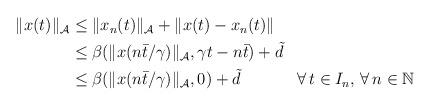
LaTeX: \begin{align*}\begin{aligned}\|x(t)\|_{\mathcal{A}} &\le \|x_{n}(t)\|_{\mathcal{A}} + \|x(t)-x_{n}(t)\| \\&\le \beta(\|x(n\bar{t}/\gamma)\|_{\mathcal{A}},\gamma t-n\bar{t}) + \tilde{d}\\&\le \beta(\|x(n\bar{t}/\gamma)\|_{\mathcal{A}},0) + \tilde{d}&& \forall\,t \in I_n,\,\forall \, n\in\mathbb{N}\end{aligned}\end{align*}